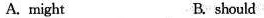
A. might B. should